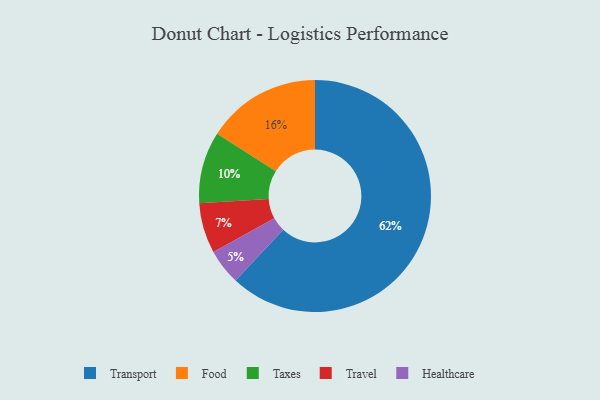
{"axis": {"x": "Category", "y": "Percentage"}, "legend": ["Food", "Healthcare", "Taxes", "Transport", "Travel"], "data": [{"x": "Travel", "y": 7, "type": "Travel"}, {"x": "Food", "y": 16, "type": "Food"}, {"x": "Taxes", "y": 10, "type": "Taxes"}, {"x": "Healthcare", "y": 5, "type": "Healthcare"}, {"x": "Transport", "y": 62, "type": "Transport"}]}